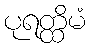
ပုရတ္ထိမံ